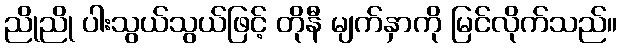
ညိုညို ပါးသွယ်သွယ်ဖြင့် တိုနီ မျက်နှာကို မြင်လိုက်သည်။